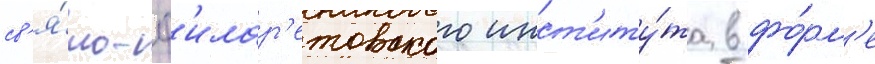
св'я́то-ф'илар'етовского инст'иту́та в фо́рм'е